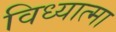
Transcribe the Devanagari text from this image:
विध्यात्मा